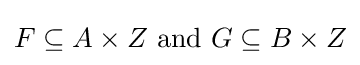
F\subseteq A\times Z{\text{ and }}G\subseteq B\times Z